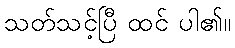
သတ်သင့်ပြီ ထင် ပါ၏။